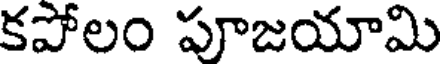
కపోలం పూజయామి